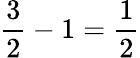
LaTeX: {\frac{3}{2}}-1={\frac{1}{2}}